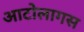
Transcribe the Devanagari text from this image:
आटोलागस